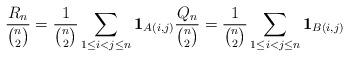
LaTeX: \begin{align*}\frac{R_n}{ {n \choose 2}}=\frac{1}{ {n \choose 2}} \sum_{1\leq i< j \leq n} {\bf 1}_{A(i,j)} \frac{Q_n}{ {n \choose 2}}=\frac{1}{ {n \choose 2}} \sum_{1\leq i< j \leq n} {\bf 1}_{B(i,j)}\end{align*}